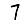
Digit: 7